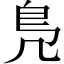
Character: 鳬